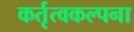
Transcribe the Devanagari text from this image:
कर्तृत्वकल्पना